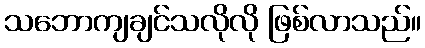
သဘောကျချင်သလိုလို ဖြစ်လာသည်။